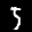
Label: 5